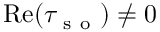
\mathrm { R e } ( \tau _ { \mathrm { ~ s ~ o ~ } } ) \neq 0